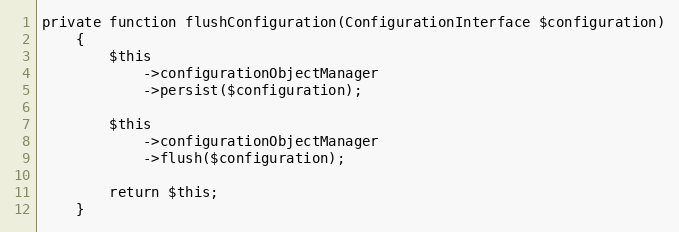
Language: PHP
private function flushConfiguration(ConfigurationInterface $configuration)
    {
        $this
            ->configurationObjectManager
            ->persist($configuration);

        $this
            ->configurationObjectManager
            ->flush($configuration);

        return $this;
    }